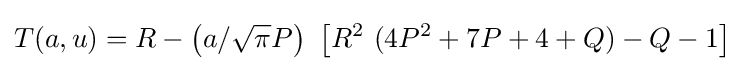
T(a,u)=R-\left(a/{\sqrt {\pi }}P\right)~\left[R^{2}~(4P^{2}+7P+4+Q)-Q-1\right]